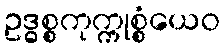
ဥဒ္ဓစ္စကုက္ကုစ္စံယေဝ